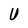
Character: U